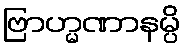
ဗြာဟ္မဏာနမ္ပိ